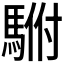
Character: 𱄡